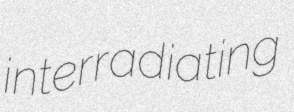
interradiating